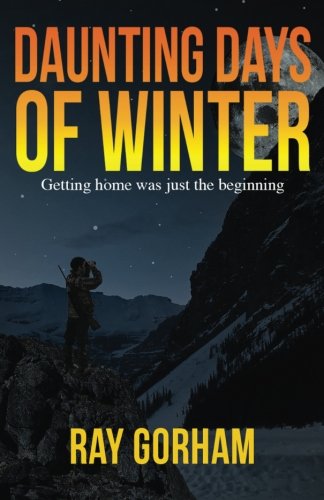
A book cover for Daunting Days of Winter: Getting home was just the beginning; Ray Gorham; Science Fiction & Fantasy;